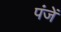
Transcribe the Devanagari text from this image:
पंजें